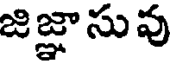
జిజ్ఞాసువు